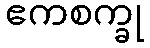
ဧကစက္ခု